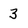
Character: 3